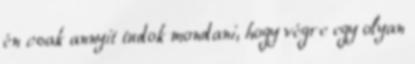
én csak annyit tudok mondani, hogy végre egy olyan